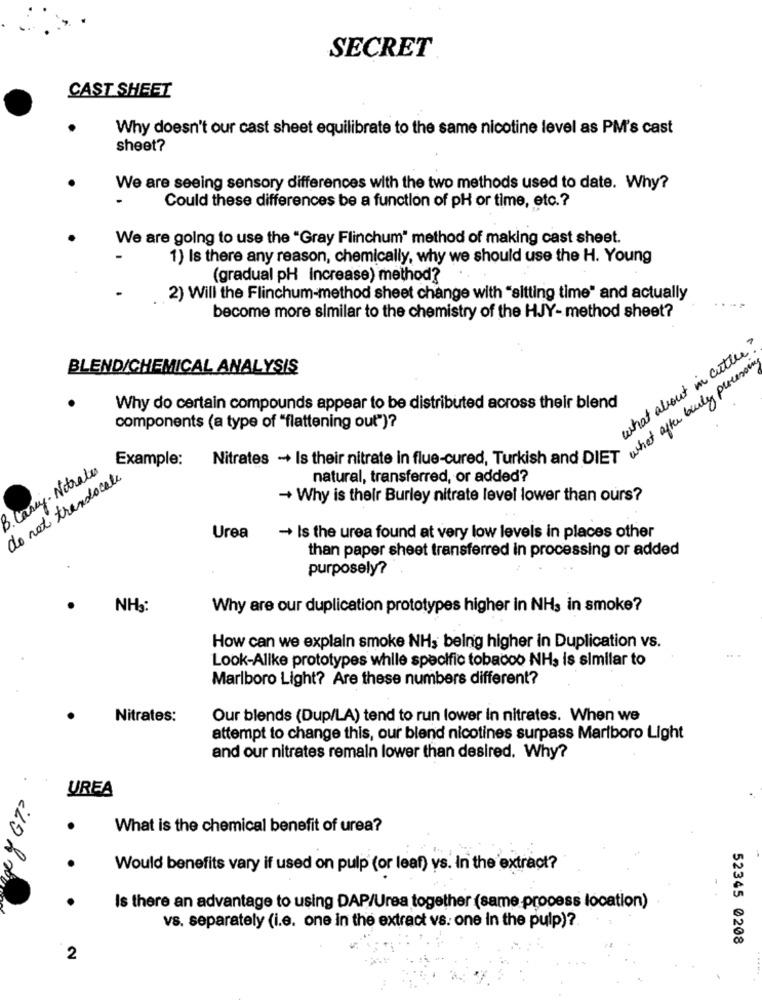
SECRET
CAST SHEET
Why doesn't our cast sheet equilibrate to the same nicotine level as PM's cast
sheet?
We are seeing sensory differences with the two methods used to date. Why?
Could these differences be a function of pH or time, etc .?
We are going to use the "Gray Flinchum" method of making cast sheet.
1) Is there any reason, chemically, why we should use the H. Young
(gradual pH increase) method?
2) Will the Flinchum-method sheet change with "sitting time" and actually
become more similar to the chemistry of the HJY- method sheet?
what about in cuttle
BLEND/CHEMICAL ANALYSIS
what after burly processing
Why do certain compounds appear to be distributed across their blend
components (a type of "flattening out")?
Example:
Nitrates - Is their nitrate in flue-cured, Turkish and DIET
B. Casey. Notrales
do not translocate
natural, transferred, or added?
+ Why is their Burley nitrate level lower than ours?
Urea
- Is the urea found at very low levels in places other
than paper sheet transferred in processing or added
purposely?
NH3:
Why are our duplication prototypes higher in NH3 in smoke?
How can we explain smoke NH3 being higher in Duplication vs.
.
Look-Alike prototypes while specific tobacco NHs is similar to
Marlboro Light? Are these numbers different?
Nitrates:
Our blends (Dup/LA) tend to run lower in nitrates. When we
attempt to change this, our blend nicotines surpass Marlboro Light
and our nitrates remain lower than desired. Why?
UREA
What is the chemical benefit of urea?
Would benefits vary if used on pulp (or leaf) vs. In the extract?
Is there an advantage to using DAP/Urea together (same process location)
vs. separately (i.e. one in the extract vs. one in the pulp) ?.
52345 0208
2